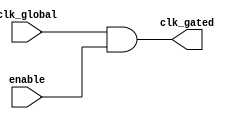
module clock_gating_cell (
    input wire clk_global,      // Global clock signal
    input wire enable,          // Enable signal for clock gating
    output wire clk_gated       // Gated clock output
);

// Clock gating logic
assign clk_gated = clk_global & enable;

endmodule